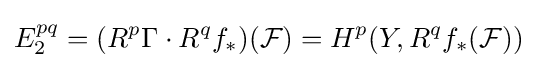
E_{2}^{pq}=(R^{p}\Gamma \cdot R^{q}f_{*})({\mathcal {F}})=H^{p}(Y,R^{q}f_{*}({\mathcal {F}}))